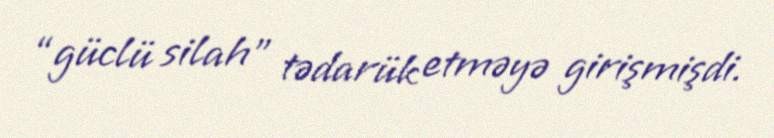
“güclü silah” tədarük etməyə girişmişdi.